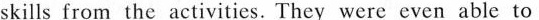
skills from the activities. They were even able to